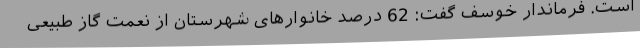
است. فرماندار خوسف گفت: 62 درصد خانوارهای شهرستان از نعمت گاز طبیعی